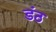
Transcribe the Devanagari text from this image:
डंठ